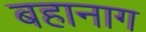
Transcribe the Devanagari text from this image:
बहानाग